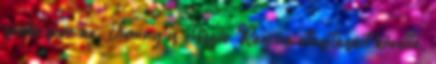
senki sem az. Jiminy is először Regina utasításait követte,